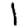
Digit: 1